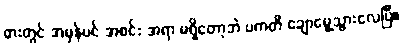
ဓားတွင် အမှန်ပင် အစင်း အရာ မရှိတော့ဘဲ ပကတိ ချောမွေ့သွားလေပြီ။